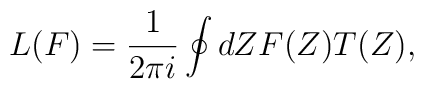
L(F) = \frac{1}{2\pi i}\oint dZ F(Z) T(Z),